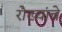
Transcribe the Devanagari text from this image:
रोख्यांचे